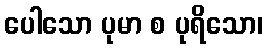
ပေါသော ပုမာ စ ပုရိသော၊